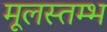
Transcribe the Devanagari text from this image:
मूलस्तम्भ